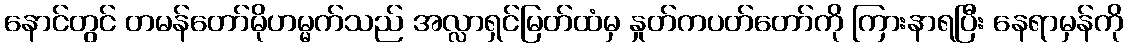
နောင်တွင် တမန်တော်မိုဟမ္မက်သည် အလ္လာရှင်မြတ်ထံမှ နှုတ်ကပတ်တော်ကို ကြားနာရပြီး နေရာမှန်ကို